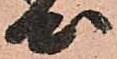
心